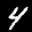
Label: 4